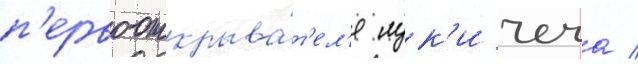
п'ервооткрыва́т'ел'я лук'и чеча /